画像に写った文字を読んでください
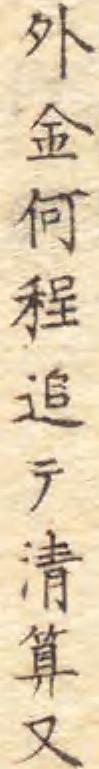
「外金何程追テ清算又」と書いてあります